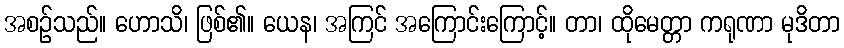
အစဉ်သည်။ ဟောသိ၊ ဖြစ်၏။ ယေန၊ အကြင် အကြောင်းကြောင့်။ တာ၊ ထိုမေတ္တာ ကရုဏာ မုဒိတာ